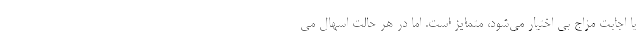
یا اجابت مزاج بی اختیار می‌شود، متمایز است. اما در هر حالت اسهال می